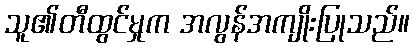
သူ၏တီထွင်မှုက အလွန်အကျိုးပြုသည်။